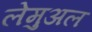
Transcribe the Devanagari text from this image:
लेमुअल